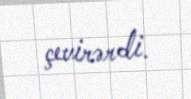
çevirərdi.